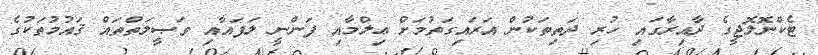
ޓެކްނޮލޮޖީގެ ދާއިރާގައި ހުރި ދަތިތަކުން އަރައިގަތުމަށް ޢިލްމާއި ފަންނީ ލަފައާއި ވަޞީލަތްތައް ޤައުމުތަކުގެ